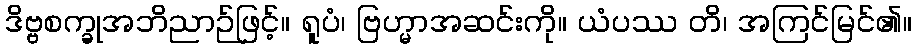
ဒိဗ္ဗစက္ခုအဘိညာဉ်ဖြင့်။ ရူပံ၊ ဗြဟ္မာအဆင်းကို။ ယံပဿ တိ၊ အကြင်မြင်၏။